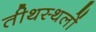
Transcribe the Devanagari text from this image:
तीथस्थलों